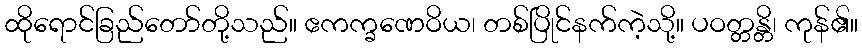
ထိုရောင်ခြည်တော်တို့သည်။ ဧကက္ခဏေဝိယ၊ တစ်ပြိုင်နက်ကဲ့သို့။ ပဝတ္တန္တိ၊ ကုန်၏။